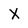
Character: X